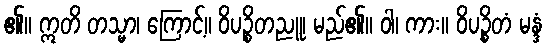
၏။ ဣတိ တသ္မာ၊ ကြောင့်။ ဝိပဉ္စိတညူ၊ မည်၏။ ဝါ၊ ကား။ ဝိပဉ္စိတံ မန္ဒံ